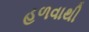
હળવાથી